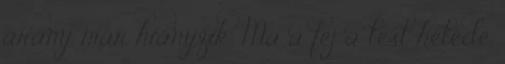
arány már hiányzik. Ma a fej a test hetede,